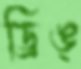
ড্রিঙ্